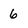
Character: 6